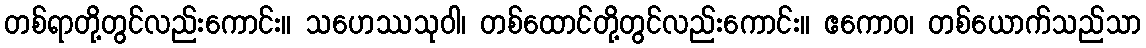
တစ်ရာတို့တွင်လည်းကောင်း။ သဟေဿသုဝါ၊ တစ်ထောင်တို့တွင်လည်းကောင်း။ ဧကောဝ၊ တစ်ယောက်သည်သာ